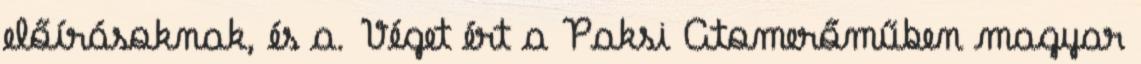
előírásoknak, és a. Véget ért a Paksi Atomerőműben magyar